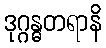
ဒုဂ္ဂန္ဓတရာနိ